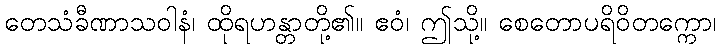
တေသံခီဏာသဝါနံ၊ ထိုရဟန္တာတို့၏။ ဧဝံ၊ ဤသို့။ စေတောပရိဝိတက္ကော၊